Madras plague regulations and rules - Volume 2
Disease focus: Plague
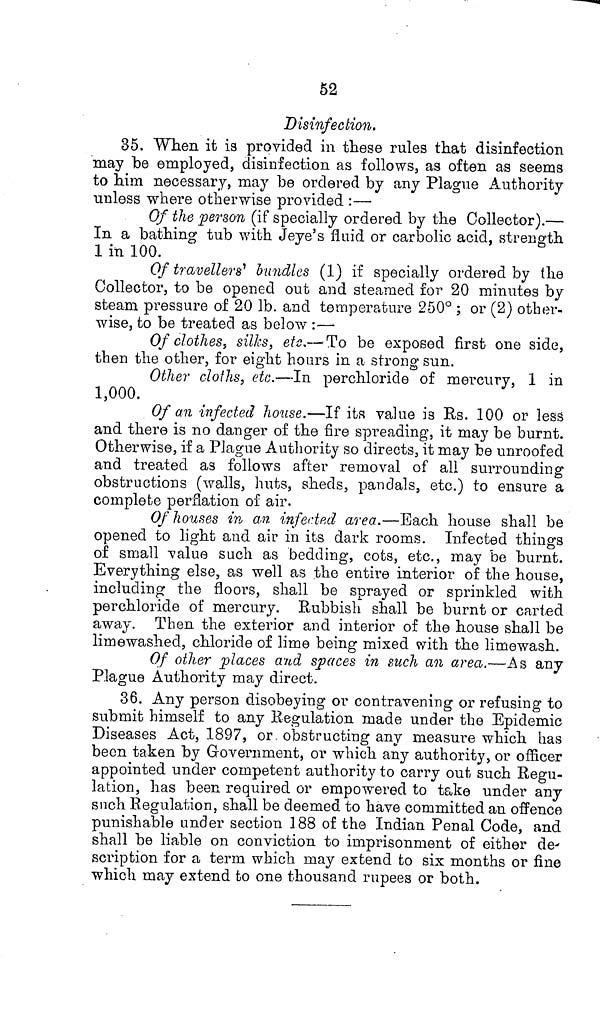
52
Disinfection.
35. When it is provided in these rules that disinfection
may be employed, disinfection as follows, as often as seems
to him necessary, may be ordered by any Plague Authority
unless where otherwise provided:—
Of the person (if specially ordered by the Collector).—
In a bathing tub with Jeye's fluid or carbolic acid, strength
1 in 100.
Of travellers' bundles (1) if specially ordered by the
Collector, to be opened out and steamed for 20 minutes by
steam pressure of 20 lb. and temperature 250° ; or (2) other-
wise, to be treated as below :—
Of clothes, silks, etc.—To be exposed first one side,
then the other, for eight hours in a strong sun.
Other cloths, etc.—In perchloride of mercury, 1 in
1,000.
Of an infected house.—If its value is Rs. 100 or less
and there is no danger of the fire spreading, it may be burnt.
Otherwise, if a Plague Authority so directs, it may be unroofed
and treated as follows after removal of all surrounding
obstructions (walls, huts, sheds, pandals, etc.) to ensure a
complete perflation of air.
Of houses in an infected area.—Each house shall be
opened to light and air in its dark rooms. Infected things
of small value such as bedding, cots, etc., may be burnt.
Everything else, as well as the entire interior of the house,
including the floors, shall be sprayed or sprinkled with
perchloride of mercury. Rubbish shall be burnt or carted
away. Then the exterior and interior of the house shall be
limewashed, chloride of lime being mixed with the limewash.
Of other places and spaces in such an area.—As any
Plague Authority may direct.
36. Any person disobeying or contravening or refusing to
submit himself to any Regulation made under the Epidemic
Diseases Act, 1897, or. obstructing any measure which has
been taken by Government, or which any authority, or officer
appointed under competent authority to carry out such Regu-
lation, has been required or empowered to take under any
such Regulation, shall be deemed to have committed an offence
punishable under section 188 of the Indian Penal Code, and
shall be liable on conviction to imprisonment of either de-
scription for a term which may extend to six months or fine
which may extend to one thousand rupees or both.